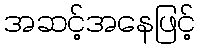
အဆင့်အနေဖြင့်